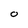
Character: 0